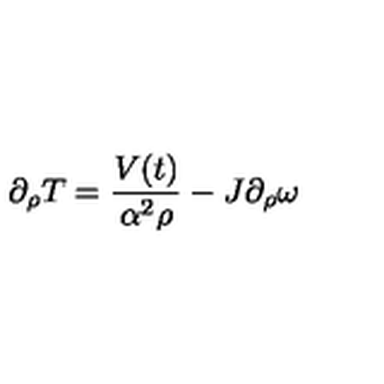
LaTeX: \partial _ { \rho } T = \frac { V ( t ) } { \alpha ^ { 2 } \rho } - J \partial _ { \rho } \omega